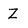
Character: Z